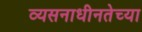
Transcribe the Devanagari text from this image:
व्यसनाधीनतेच्या